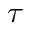
\tau